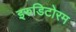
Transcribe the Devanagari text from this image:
इरुडिटोरम